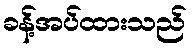
ခန့်အပ်ထားသည်